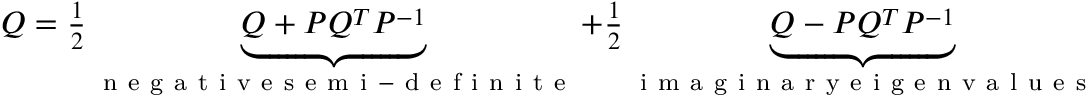
\begin{array} { r } { Q = \frac { 1 } { 2 } \underbrace { Q + P Q ^ { T } P ^ { - 1 } } _ { \mathrm { ~ n ~ e ~ g ~ a ~ t ~ i ~ v ~ e ~ s ~ e ~ m ~ i ~ - ~ d ~ e ~ f ~ i ~ n ~ i ~ t ~ e ~ } } + \frac { 1 } { 2 } \underbrace { Q - P Q ^ { T } P ^ { - 1 } } _ { \mathrm { ~ i ~ m ~ a ~ g ~ i ~ n ~ a ~ r ~ y ~ e ~ i ~ g ~ e ~ n ~ v ~ a ~ l ~ u ~ e ~ s ~ } } } \end{array}